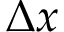
\Delta x